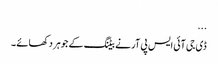
...
ڈی جی آئی ایس پی آر نے بیٹنگ کے جوہر دکھائے ۔